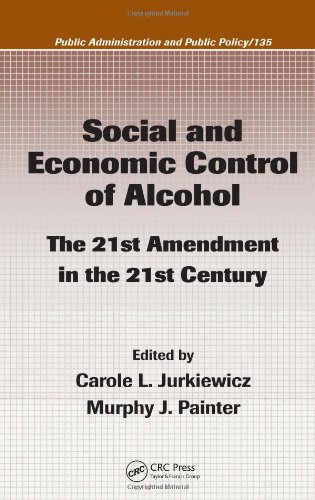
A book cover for Social and Economic Control of Alcohol: The 21st Amendment in the 21st Century (Public Administration and Public Policy); Carole L. Jurkiewicz; Business & Money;